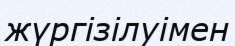
жүргізілуімен